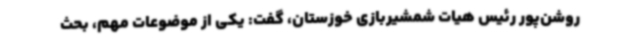
روشن‌پور رئیس هیات شمشیربازی خوزستان، گفت: یکی از موضوعات مهم، بحث